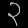
Digit: ၃